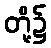
တို့၌